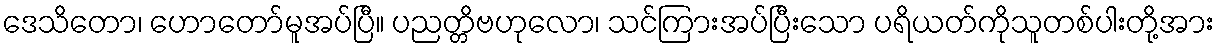
ဒေသိတော၊ ဟောတော်မူအပ်ပြီ။ ပညတ္တိဗဟုလော၊ သင်ကြားအပ်ပြီးသော ပရိယတ်ကိုသူတစ်ပါးတို့အား